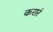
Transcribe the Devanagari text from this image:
करारं